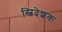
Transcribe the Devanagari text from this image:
स्विदेशक